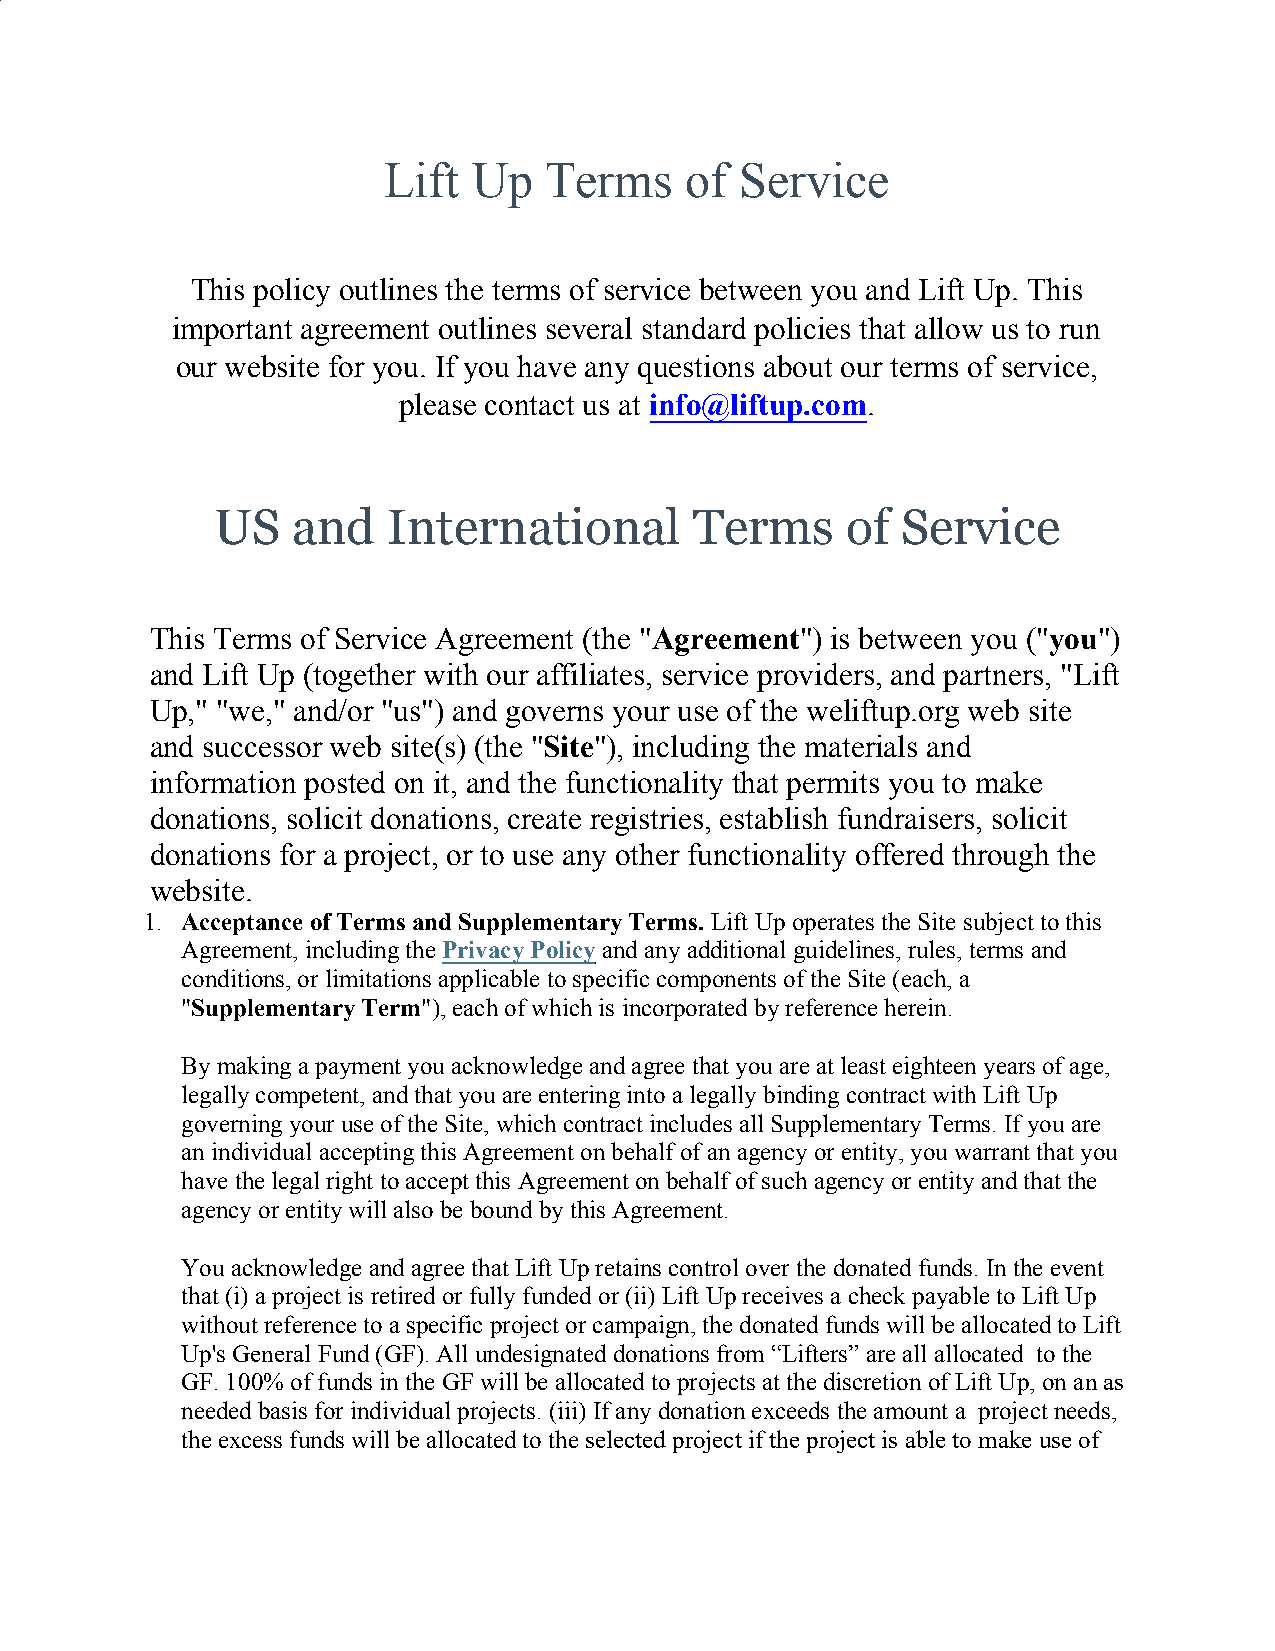
Lift  Up   Terms    of  Service
 This policy outlines the terms of service between you and Lift Up. This
 important agreement outlines several standard policies that allow us to run
 our website for you. If you have any questions about our terms of service,
 please contact us at info@liftup.com.
 ​             ​
 US and International Terms of Service
 UK Terms of Service
 U  S and    International       Terms     of  Service
 This Terms of Service Agreement (the "Agreement") is between you ("you")
 ​         ​               ​   ​
 and Lift Up (together with our affiliates, service providers, and partners, "Lift
 Up," "we," and/or "us") and governs your use of the weliftup.org web site
 and successor web site(s) (the "Site"), including the materials and
 ​  ​
 information posted on it, and the functionality that permits you to make
 donations, solicit donations, create registries, establish fundraisers, solicit
 donations for a project, or to use any other functionality offered through the
 website.
 1. Acceptance of Terms and Supplementary Terms. Lift Up operates the Site subject to this
 ​
 Agreement, including the Privacy Policy and any additional guidelines, rules, terms and
 ​         ​
 conditions, or limitations applicable to specific components of the Site (each, a
 "Supplementary Term"), each of which is incorporated by reference herein.
 ​              ​
 By making a payment you acknowledge and agree that you are at least eighteen years of age,
 legally competent, and that you are entering into a legally binding contract with Lift Up
 governing your use of the Site, which contract includes all Supplementary Terms. If you are
 an individual accepting this Agreement on behalf of an agency or entity, you warrant that you
 have the legal right to accept this Agreement on behalf of such agency or entity and that the
 agency or entity will also be bound by this Agreement.
 You acknowledge and agree that Lift Up retains control over the donated funds. In the event
 that (i) a project is retired or fully funded or (ii) Lift Up receives a check payable to Lift Up
 without reference to a specific project or campaign, the donated funds will be allocated to Lift
 ​
 Up's General Fund (GF). All undesignated donations from “Lifters” are all allocated to the
 GF. 100% of funds in the GF will be allocated to projects at the discretion of Lift Up, on an as
 needed basis for individual projects. (iii) If any donation exceeds the amount a project needs,
 the excess funds will be allocated to the selected project if the project is able to make use of